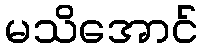
မသိအောင်